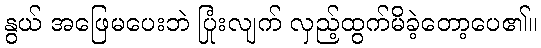
နွယ် အဖြေမပေးဘဲ ပြုံးလျက် လှည့်ထွက်မိခဲ့တော့ပေ၏။